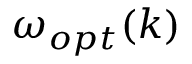
\omega _ { o p t } ( k )